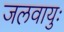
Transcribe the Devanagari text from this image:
जलवायुः